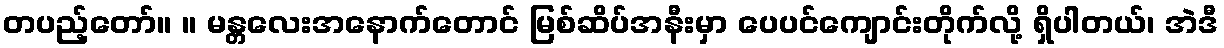
တပည့်တော်။ ။ မန္တလေးအနောက်တောင် မြစ်ဆိပ်အနီးမှာ ပေပင်ကျောင်းတိုက်လို့ ရှိပါတယ်၊ အဲဒီ